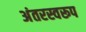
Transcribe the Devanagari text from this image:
अंतरस्वरूप